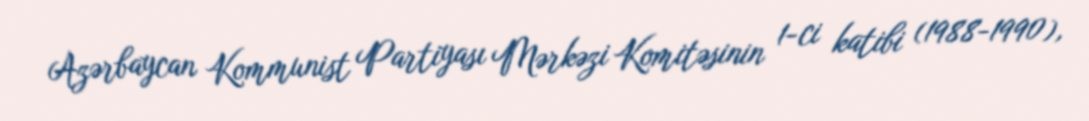
Azərbaycan Kommunist Partiyası Mərkəzi Komitəsinin 1-ci katibi (1988-1990),